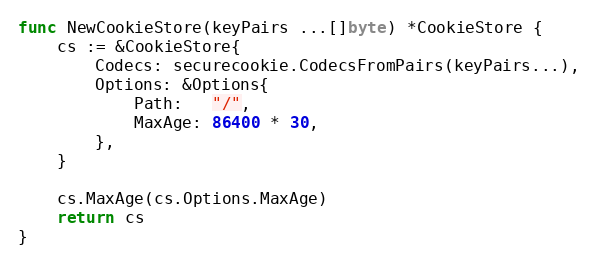
Language: Go
func NewCookieStore(keyPairs ...[]byte) *CookieStore {
	cs := &CookieStore{
		Codecs: securecookie.CodecsFromPairs(keyPairs...),
		Options: &Options{
			Path:   "/",
			MaxAge: 86400 * 30,
		},
	}

	cs.MaxAge(cs.Options.MaxAge)
	return cs
}